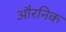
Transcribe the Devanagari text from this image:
औरनिक